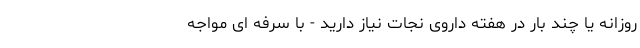
روزانه یا چند بار در هفته داروی نجات نیاز دارید - با سرفه ای مواجه